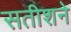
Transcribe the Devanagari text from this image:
सतीशने